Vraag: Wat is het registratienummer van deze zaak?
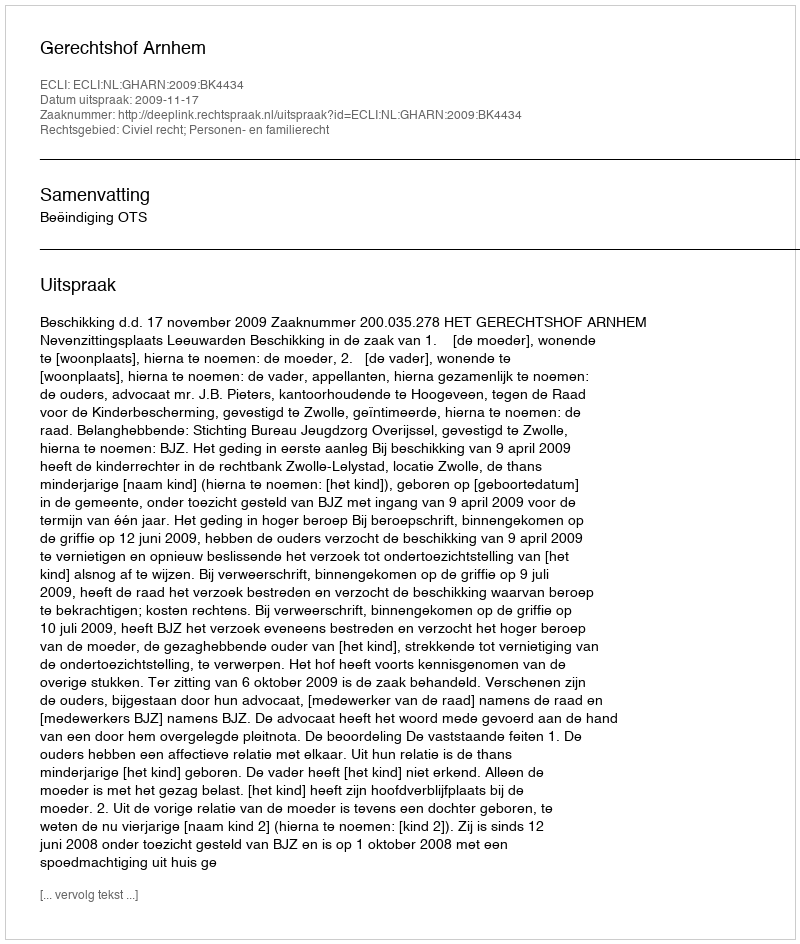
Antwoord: http://deeplink.rechtspraak.nl/uitspraak?id=ECLI:NL:GHARN:2009:BK4434